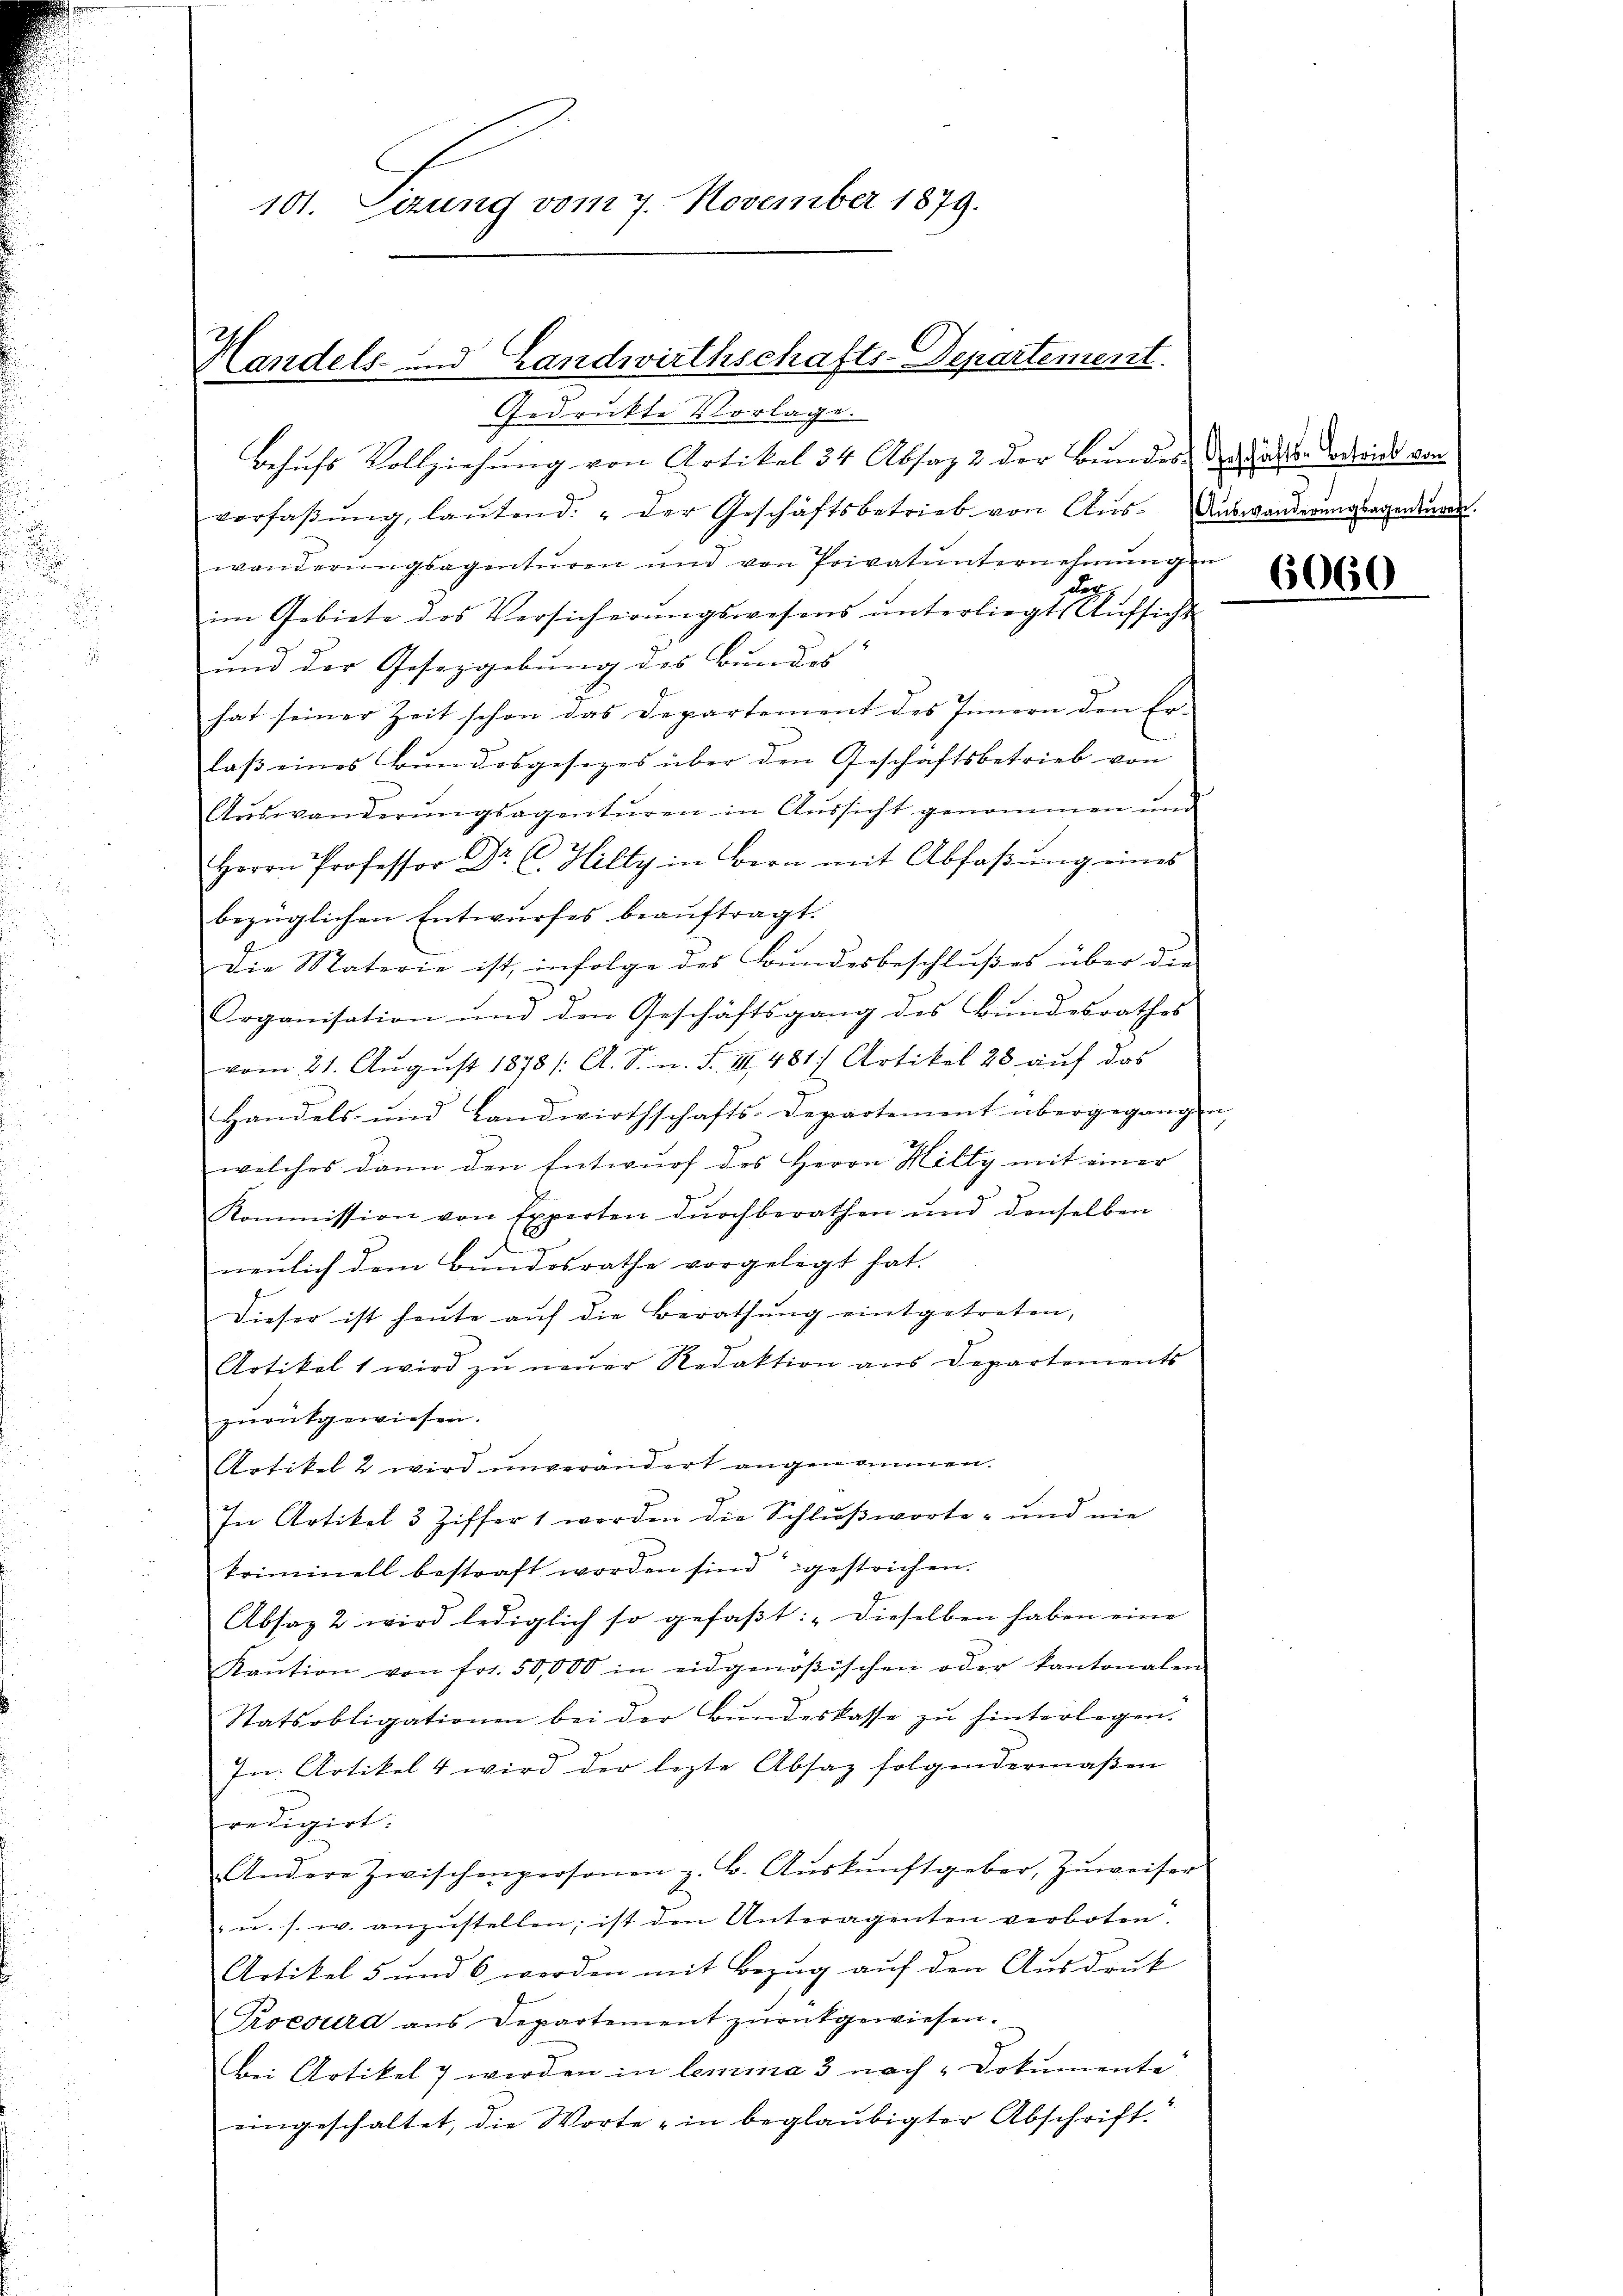
.
d

Handels- und Landwirthschafts-Departement.

101. Sizung vom 7. November 1879.

Gedruckte Vorlage.
Besuchs Vollziehung von Artikel 34 Absatz 2 der Bundes der hatte Vorweide von
verfaβŭng, laŭtend. " der Geschäftsbetrieb von Aŭs-Auswanderŭngsanzenderen.
wanderungsagenturen und von Privatunternehmungen
da
im Gebiete des Versicherungswesens unterliegt, Aufsicht
4
und der Gesetzgebung des Bundes
hat seiner Zeit schon das Departement des Innern den Er-
laβ eines Bŭndesgesetzes über den Geschaftsbetrieb von
Auswanderŭngsagenturen in Aussicht genommen und
Herrn Professor Dr. C. Hilty in Bern mit Abfaβŭng eines
bezüglichen Entwŭrfes beaŭftragt.
Die Materie ist, infolge des Bundesbeschlußes über die
Organisation und den Geschäftsgang des Bundesrathes
vom 21. August 1878 /: A. S. n. F. III 481 Artikel 28 auf das
Handels und Landwirthschafts-Departement übergegangen
welches dann den Entwurf des Herrn Hilty mit einer
Kommission von Experten dŭrchberathen und denselben
neulich dem Bundesrathe vorgelegt hat.
Dieser ist heute auf die Berathung eingetreten,
Artikel 1 wird zŭ neŭer Redaktion ans Departements
zurükgewiesen.
Artikel 2 wird unverändert angenommen.
In Artikel 3 Ziffert worden die Schlußworte - und nie
koimell bestraft worden sind gestrichen.
Absag 2 wird lediglich so gefaβt: "dieselben haben eine
Kaŭtion von frs. 50,000 in eidgenößischen oder kantonalen
Statsobligationen bei der Bŭndeskasse zŭ hinterlegen.
In Artikel 4 wird der lezte Absatz folgendermaβen
redigirt:
Andere Zwischenpersonen z. B. Aŭskŭnftgeber, Zŭweiser
" u. s. w. anzustellen; ist den Unteragenten verboten.
Artikel 5 und 6 werden mit Bezŭg aŭf den Aŭsdrŭk
Proesura aus Departement zŭrückgewiesen.
bei Artikel 7 werden in lemma 3 nach „Dokumente
eingeschaltet, die Worte - in beglaubigter Abschrift.

6060